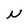
Character: N